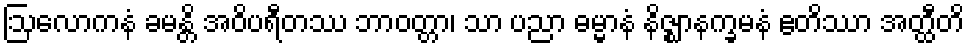
ဩလောကနံ ခမန္တိ အဝိပရီတဿ ဘာဝတ္တာ၊ သာ ပညာ ဓမ္မာနံ နိဇ္ဈာနက္ခမနံ ဧတိဿာ အတ္ထီတိ